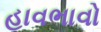
હાવભાવો